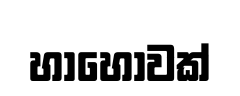
හාහෝවක්